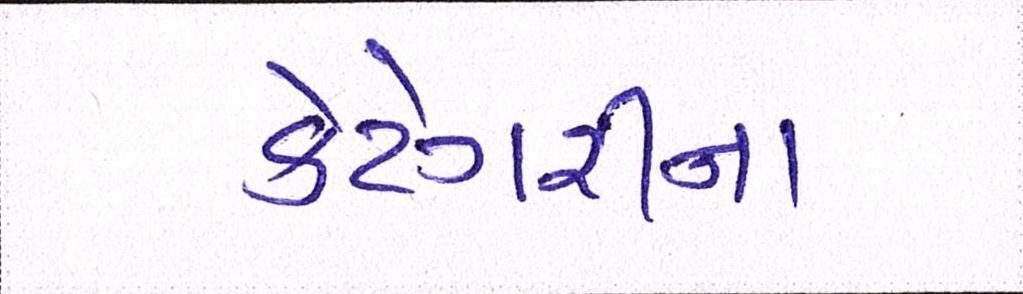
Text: કેટેગરીના